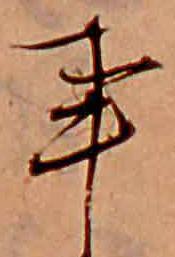
事